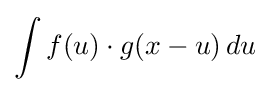
\int f(u)\cdot g(x-u)\,du